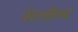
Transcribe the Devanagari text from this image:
पेरतोल्द